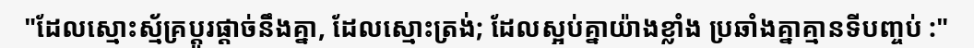
"ដែលស្មោះស្ម័គ្រប្តូរផ្តាច់នឹងគ្នា, ដែលស្មោះត្រង់; ដែលស្អប់គ្នាយ៉ាងខ្លាំង ប្រឆាំងគ្នាគ្មានទីបញ្ចប់ :"